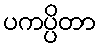
ပကပ္ပိတာ